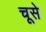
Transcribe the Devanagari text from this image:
चूसे